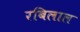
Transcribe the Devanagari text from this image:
रबिलाल